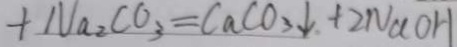
+ N a _ { 2 } C O _ { 3 } = C a C O _ { 3 } \downarrow + 2 N a O H